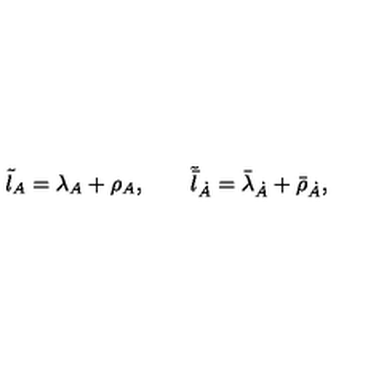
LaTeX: \tilde { { \l } } _ { A } = \lambda _ { A } + \rho _ { A } , \qquad \tilde { \bar { \l } } _ { \dot { A } } = \bar { \lambda } _ { \dot { A } } + \bar { \rho } _ { \dot { A } } ,